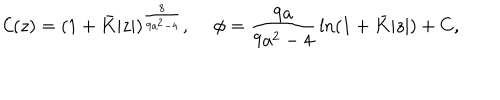
{ \cal C } ( z ) = ( 1 + \bar { K } | z | ) ^ { \frac { 8 } { 9 a ^ { 2 } - 4 } } , \ \phi = { \frac { 9 a } { 9 a ^ { 2 } - 4 } } \ln ( 1 + \bar { K } | z | ) + C ,